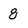
Character: 8